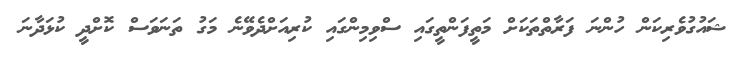
ޝައުގުވެރިކަން ހުންނަ ފަރާތްތަކަށް މަތީފަންތީގައި ސްވިމިންގައި ކުރިއަށްދެވޭނެ މަގު ތަނަވަސް ކޮށްދީ ކުޅަދާނަ